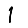
Digit: 1